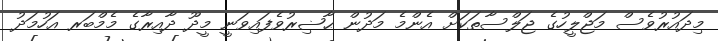
މިދައުރުވެސް މަޖްލީހުގެ ޖަލްސާތަކަށް އެންމެ މަދުން ޙާޟިރުވެފައިވަނީ މީދޫ ދާއިރާގެ މެމްބަރ އަހުމަދު